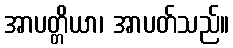
အာပတ္တိယာ၊ အာပတ်သည်။